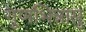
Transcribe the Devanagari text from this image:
गुणभिन्नासु